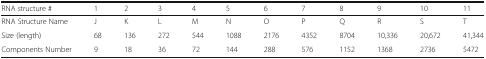
<table><thead><tr><td><b>RNA structure #</b></td><td><b>1</b></td><td><b>2</b></td><td><b>3</b></td><td><b>4</b></td><td><b>5</b></td><td><b>6</b></td><td><b>7</b></td><td><b>8</b></td><td><b>9</b></td><td><b>10</b></td><td><b>11</b></td></tr></thead><tbody><tr><td>RNA Structure Name</td><td>J</td><td>K</td><td>L</td><td>M</td><td>N</td><td>O</td><td>P</td><td>Q</td><td>R</td><td>S</td><td>T</td></tr><tr><td>Size (length)</td><td>68</td><td>136</td><td>272</td><td>544</td><td>1088</td><td>2176</td><td>4352</td><td>8704</td><td>10,336</td><td>20,672</td><td>41,344</td></tr><tr><td>Components Number</td><td>9</td><td>18</td><td>36</td><td>72</td><td>144</td><td>288</td><td>576</td><td>1152</td><td>1368</td><td>2736</td><td>5472</td></tr></tbody></table>